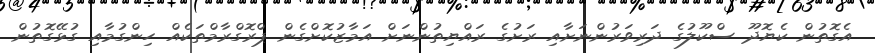
އެގޮތުން ކެޔޮދޫ ސްކޫލުގެ ދަރިވަރުންނަށާއި ރަށުގެ ރައްޔިތުންނަށް އަމާޒުކޮށްގެން ޕްރޮގްރާމްތަކެއް ހިންގުމާއި ގުޅޭގޮތުން